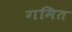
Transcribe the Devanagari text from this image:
गमित